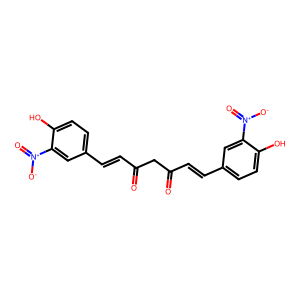
SMILES: O=C(C=Cc1ccc(O)c([N+](=O)[O-])c1)CC(=O)C=Cc1ccc(O)c([N+](=O)[O-])c1
Inhibits HIV replication: No